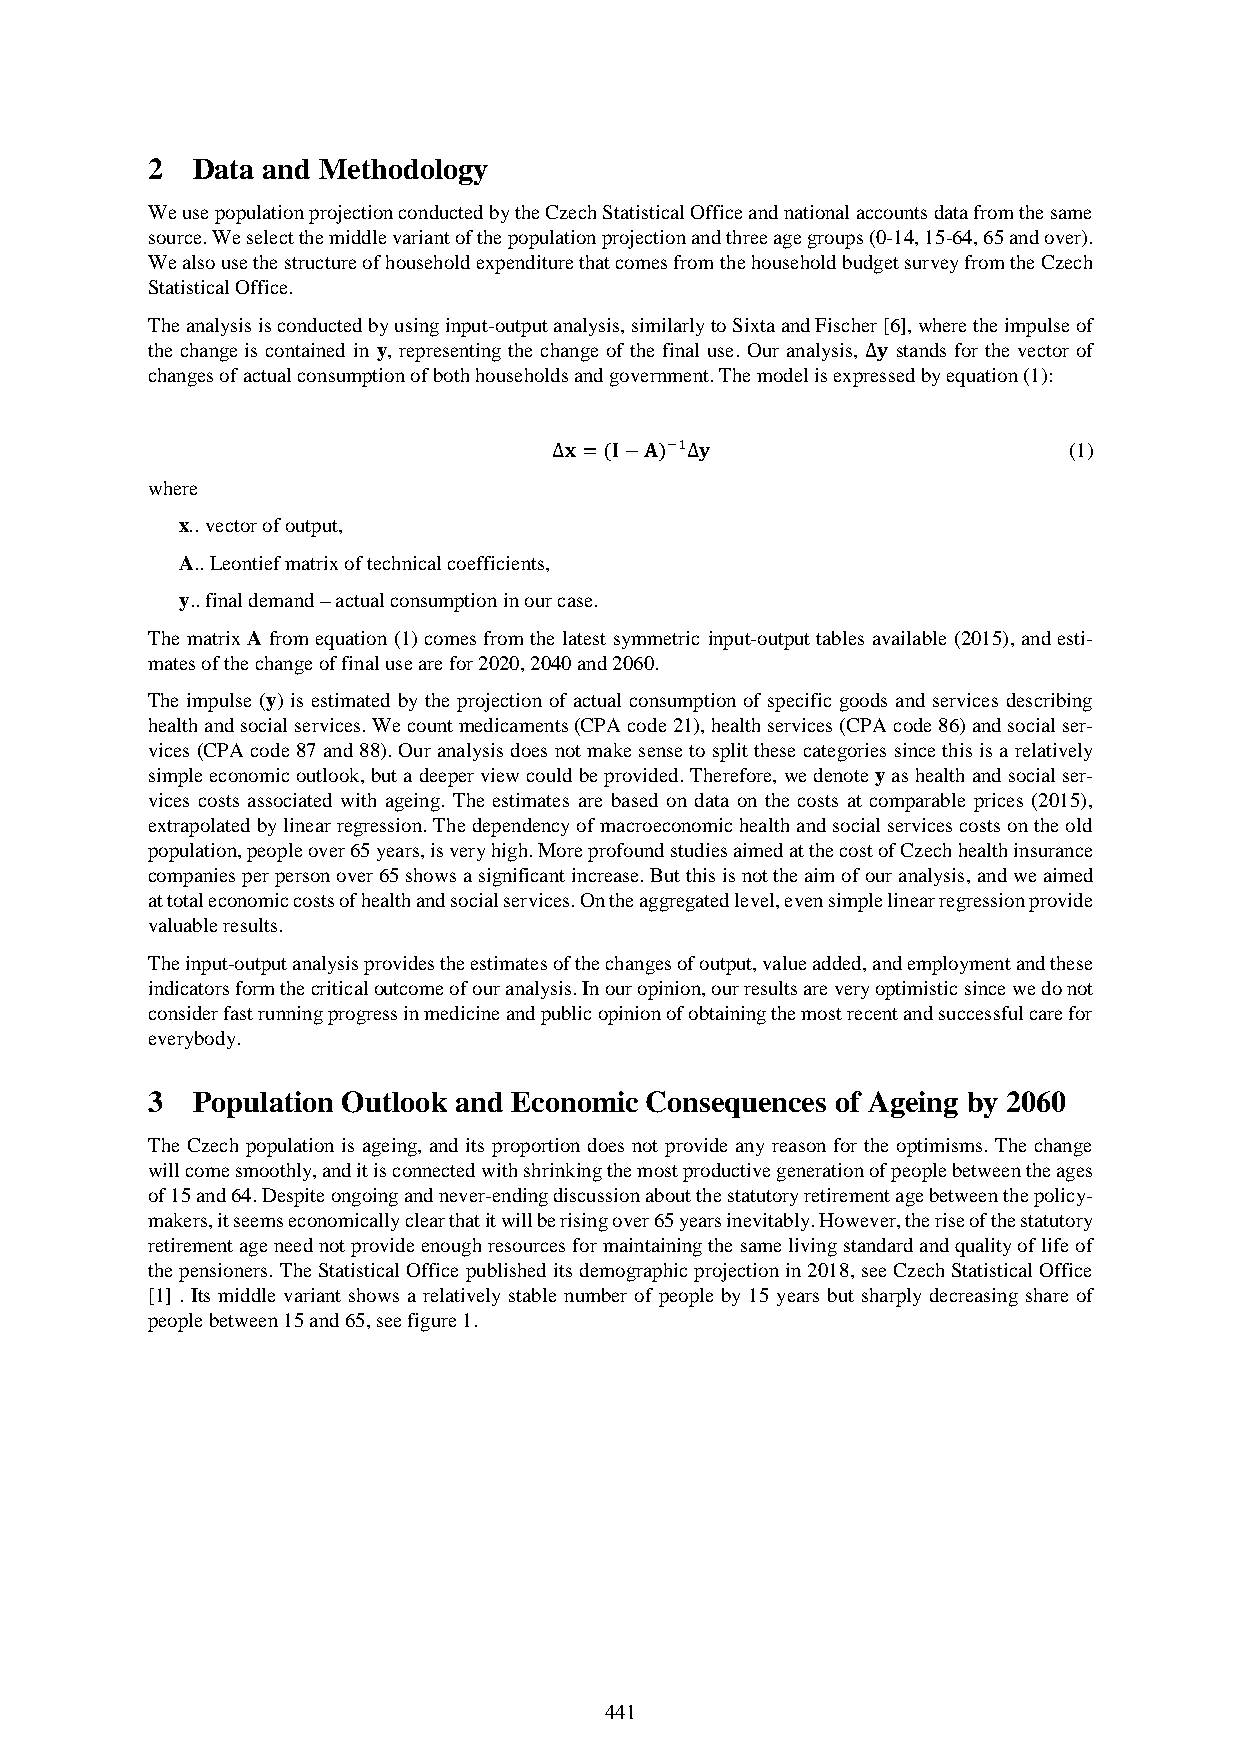
2  Data and Methodology
 We use population projection conducted by the Czech Statistical Office and national accounts data from the same
 source. We select the middle variant of the population projection and three age groups (0-14, 15-64, 65 and over).
 We also use the structure of household expenditure that comes from the household budget survey from the Czech
 Statistical Office.
 The analysis is conducted by using input-output analysis, similarly to Sixta and Fischer [6], where the impulse of
 the change is contained in y, representing the change of the final use. Our analysis, Δ𝐲 stands for the vector of
 changes of actual consumption of both households and government. The model is expressed by equation (1):
 Δ𝐱=(𝐈−𝐀)−1Δ𝐲                      (1)
 where
 x.. vector of output,
 A.. Leontief matrix of technical coefficients,
 y.. final demand – actual consumption in our case.
 The matrix A from equation (1) comes from the latest symmetric input-output tables available (2015), and esti-
 mates of the change of final use are for 2020, 2040 and 2060.
 The impulse (y) is estimated by the projection of actual consumption of specific goods and services describing
 health and social services. We count medicaments (CPA code 21), health services (CPA code 86) and social ser-
 vices (CPA code 87 and 88). Our analysis does not make sense to split these categories since this is a relatively
 simple economic outlook, but a deeper view could be provided. Therefore, we denote y as health and social ser-
 vices costs associated with ageing. The estimates are based on data on the costs at comparable prices (2015),
 extrapolated by linear regression. The dependency of macroeconomic health and social services costs on the old
 population, people over 65 years, is very high. More profound studies aimed at the cost of Czech health insurance
 companies per person over 65 shows a significant increase. But this is not the aim of our analysis, and we aimed
 at total economic costs of health and social services. On the aggregated level, even simple linear regression provide
 valuable results.
 The input-output analysis provides the estimates of the changes of output, value added, and employment and these
 indicators form the critical outcome of our analysis. In our opinion, our results are very optimistic since we do not
 consider fast running progress in medicine and public opinion of obtaining the most recent and successful care for
 everybody.
 3  Population Outlook and Economic Consequences of Ageing by 2060
 The Czech population is ageing, and its proportion does not provide any reason for the optimisms. The change
 will come smoothly, and it is connected with shrinking the most productive generation of people between the ages
 of 15 and 64. Despite ongoing and never-ending discussion about the statutory retirement age between the policy-
 makers, it seems economically clear that it will be rising over 65 years inevitably. However, the rise of the statutory
 retirement age need not provide enough resources for maintaining the same living standard and quality of life of
 the pensioners. The Statistical Office published its demographic projection in 2018, see Czech Statistical Office
 [1] . Its middle variant shows a relatively stable number of people by 15 years but sharply decreasing share of
 people between 15 and 65, see figure 1.
 441